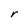
Character: r